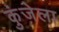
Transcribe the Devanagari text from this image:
कुंजेला